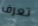
تعرف